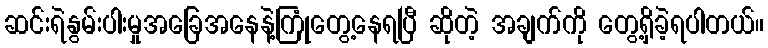
ဆင်းရဲနွမ်းပါးမှုအခြေအနေနဲ့ကြုံတွေ့နေရပြီ ဆိုတဲ့ အချက်ကို တွေ့ရှိခဲ့ရပါတယ်။